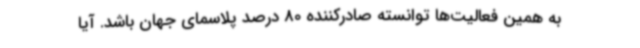
به همین فعالیت‌ها توانسته صادرکننده 80 درصد پلاسمای جهان باشد. آیا